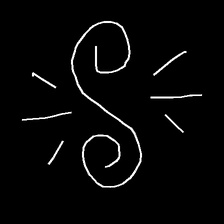
Glyph: wind-directs-air